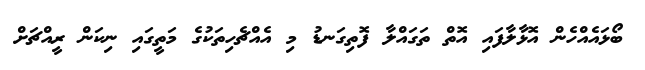
ބޯޅައެއްހެން އޮޅާލާފައި އޮތް ތަގައްލާ ފޮތިގަނޑު މި އެއްޗެހިތަކުގެ މަތީގައި ނިކަން ރީއްޗަށް